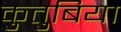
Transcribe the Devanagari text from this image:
कुतुबिया